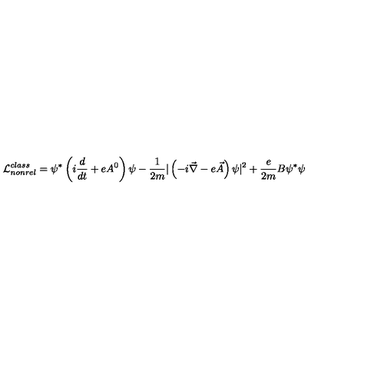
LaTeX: { \cal { L } } _ { n o n r e l } ^ { c l a s s } = \psi ^ { * } \left( i \frac { d } { d t } + e A ^ { 0 } \right) \psi - \frac { 1 } { 2 m } | \left( - i \vec { \nabla } - e \vec { A } \right) \psi | ^ { 2 } + \frac { e } { 2 m } B \psi ^ { * } \psi